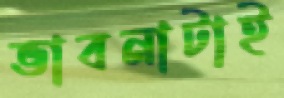
ভাবনাটাই